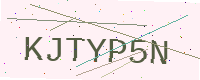
Text: KJTYP5N